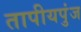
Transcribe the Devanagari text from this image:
तापीयपुंज